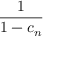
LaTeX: \frac { 1 } { 1 - c _ { n } }